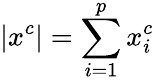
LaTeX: |x^{c}|=\sum_{i=1}^{p}x_{i}^{c}